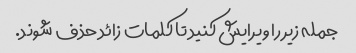
جمله زیر را ویرایش کنید تا کلمات زائد حذف شوند.